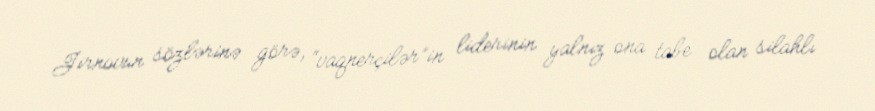
Jirnovun sözlərinə görə, “vaqnerçilər”in liderinin yalnız ona tabe olan silahlı